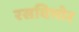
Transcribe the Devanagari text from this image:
रसविभोर